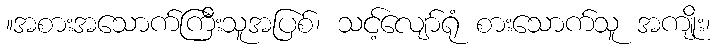
။အစားအသောက်ကြီးသူအပြစ်၊ သင့်လျော်ရုံ စားသောက်သူ အကျိုး၊